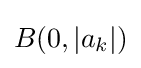
B(0,|a_{k}|)